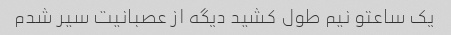
یک ساعتو نیم طول کشید دیگه از عصبانیت سیر شدم